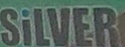
SiLVER